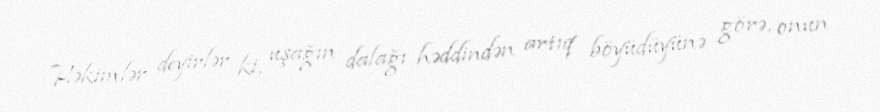
Həkimlər deyirlər ki, uşağın dalağı həddindən artıq böyüdüyünə görə, onun